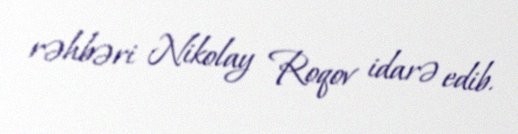
rəhbəri Nikolay Roqov idarə edib.